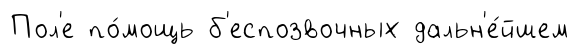
Пол'е по́мощь б'еспозвочных дальн'е́йшем